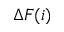
\Delta F ( i )